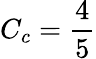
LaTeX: C_{c}=\frac{4}{5}